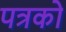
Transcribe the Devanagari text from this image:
पत्रको